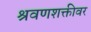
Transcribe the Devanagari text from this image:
श्रवणशक्तीवर